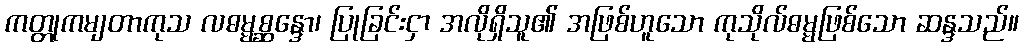
ကတ္တုကမျတာကုသ လဓမ္မစ္ဆန္ဒော၊ ပြုခြင်းငှာ အလိုရှိသူ၏ အဖြစ်ဟူသော ကုသိုလ်ဓမ္မဖြစ်သော ဆန္ဒသည်။